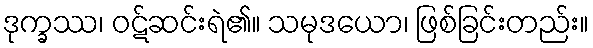
ဒုက္ခဿ၊ ဝဋ်ဆင်းရဲ၏။ သမုဒယော၊ ဖြစ်ခြင်းတည်း။